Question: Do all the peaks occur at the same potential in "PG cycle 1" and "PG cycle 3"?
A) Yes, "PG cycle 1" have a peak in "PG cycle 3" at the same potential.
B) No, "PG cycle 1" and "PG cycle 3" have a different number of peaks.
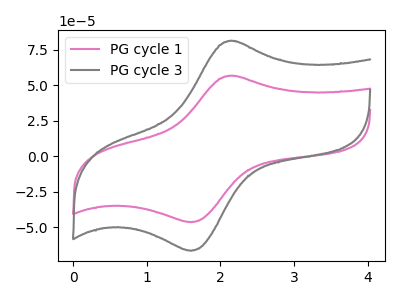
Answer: <think>The pink curve "PG cycle 1" has an anodic peak at (2.15V, 56.65uA) and a cathodic peak at (1.60V, -46.45uA). The gray curve "PG cycle 3" has an anodic peak at (2.15V, 81.25uA) and a cathodic peak at (1.60V, -66.60uA).</think>
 <answer>A) Yes, "PG cycle 1" have a peak in "PG cycle 3" at the same potential.</answer>
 <eval>A</eval>